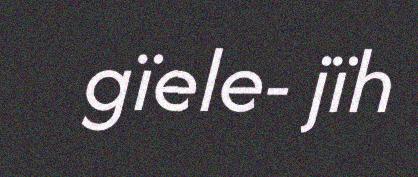
gïele- jïh